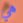
هي